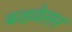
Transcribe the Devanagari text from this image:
बडवेसर